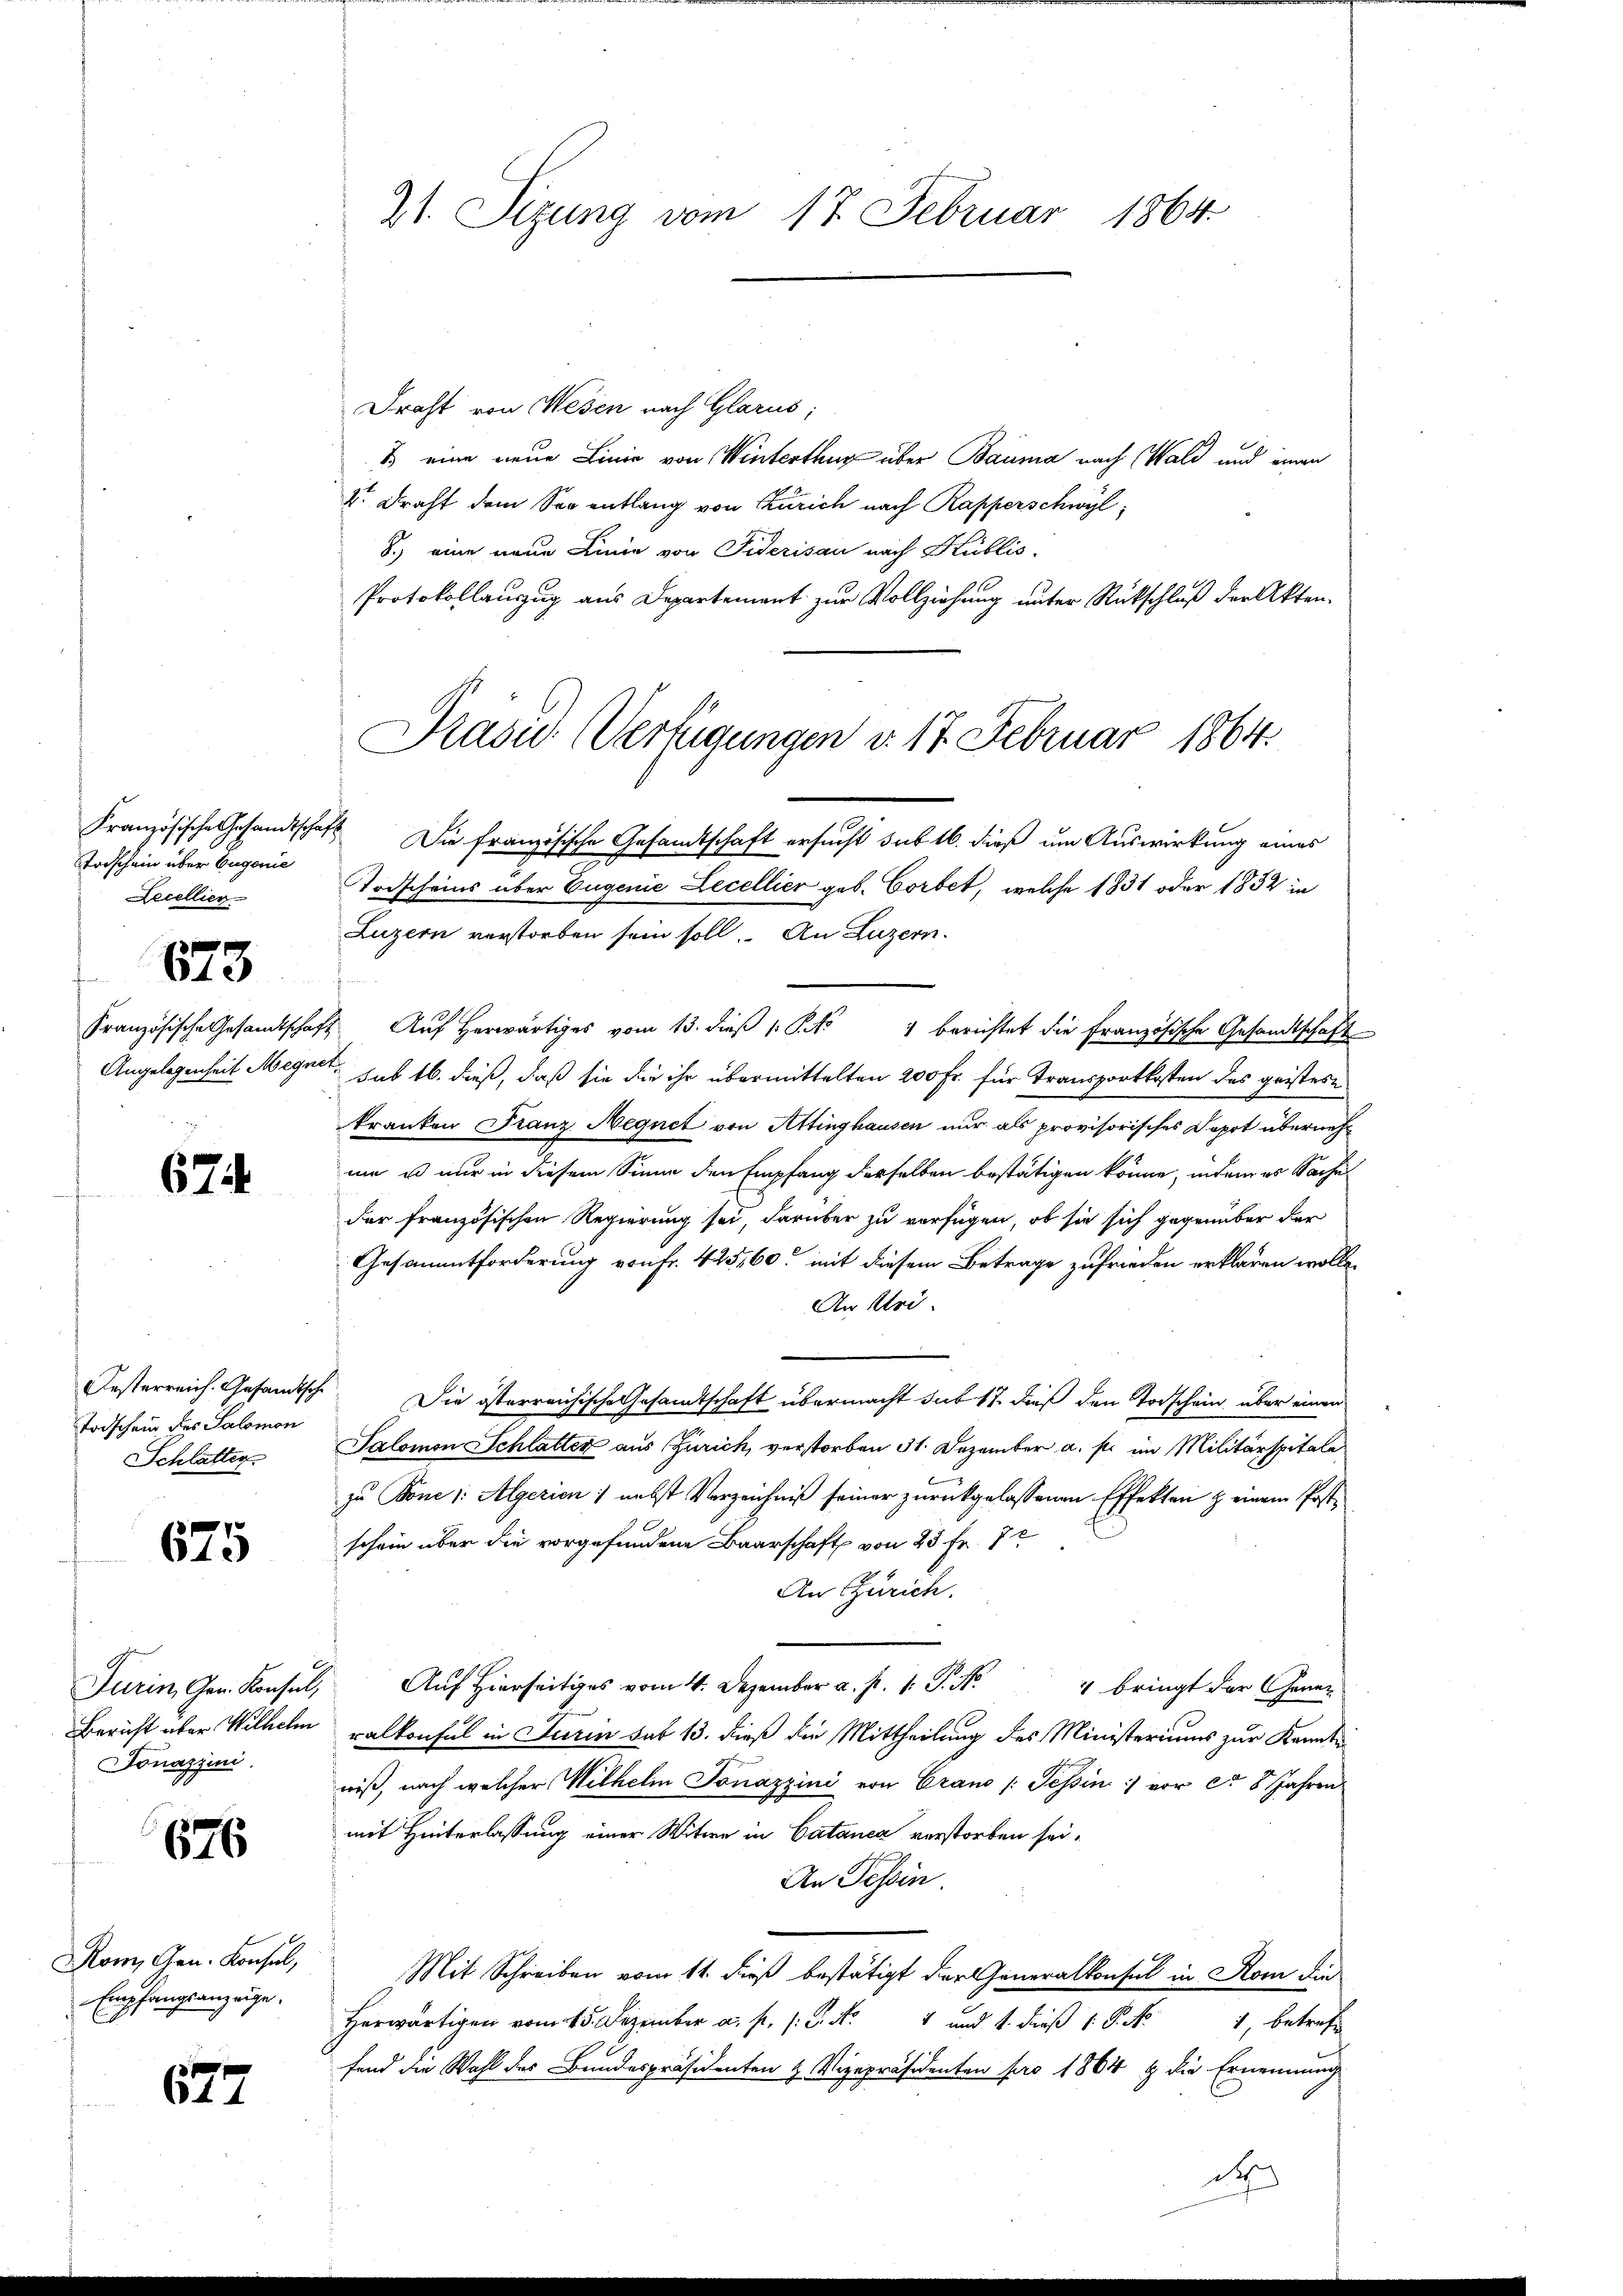
Todschein über Eugenie
Lecellier

673.

674

Todschein des Salomon
Schlatter

675

Donazioni.

676.

Rom, Gen. Konsul,
Empfangsanzeige.

677

21. Sizung vom 17. Februar 1864.

Draht von Wesen nach Glarus;
1) eine neue Linie von Winterthug über Bauma nach Wald und einen
 Draht dem Segentlang von Zürich nach Rapperschwyl,
8.) eine neue Linie von Fiderisau nach Hublio-
Protokollauszug aus Departement zur Vollziehung unter Rückschluß der Akten¬
Französische Gesandtschaft Die französische Gesandtschaft ersucht sub 16. dieß um Auswirkung eines
Todscheins über Eugenie Lecellier geb. Corbet, welche 1831 oder 1832 in
Luzern verstorben sein soll. An Luzern.
Französische Gesandtschaft Auf herwärtiges vom 13. dieβ 1 S. 4 berichtet die französische Gesandtschaft
Angelegenheit Megnet, sub 16. dieß, daß sie die ihr übermittelten 200 Fr. für Transportkosten des geistere
kranken Franz Negnet von Attinghausen nur als provisorisches Depot übernehmm es nur in diesem Sinne den Empfang derselben bestätigen könne, indem es Sache
der französischen Regierung sei, darüber zu verfügen, ob sie sich gegenüber der
Gesammtforderung von Fr. 425,60 mit diesem Betrage zufrieden erklären wolle.
An Uri.
Oesterreich. Gesandtsche Die österreichische Gesandtschaft übermacht sub 17. dieß den Todschein über einen
Salomon Schlatter aus Zürich, verstorben 31. Dezember a. s. im Militärspitale
zu Bone /: Algerien: nebst Verzeichniß seiner zurückgelassenen Effekten & einem Postschein über die vorgefundene Baarschaft von 23 Fr. 7t
An Zürich.
Turin, Gen. Konsul Aires vom 4. Dezember a. p. P. Nr. 4 bringt der Gener
Bericht über Wilhelm Balkonsul in Turin hat 13. dieß die Mittheilung des Ministeriums zur Kannte
wiß, nach welcher Wilhelm Tonazzini von Crano /: Tessin :/ vor ca 8 Jahren
mit Hinterlassung einer Witwe in Catanea verstorben sei.
An Tessin.
Mit Schreiben vom 11. dieß bestätigt der Generalkonsul in Rom die
Herwärtigen vom 15. Dezember a. p. 1. P. Nr. 4 und 4. dieβ (: P. Nr.
1, betreff
fand die Wahl des Bundespräsidenten & Vizepräsidenten pro 1864 & die Ernennung
de

Prasie Verfügungen v. 17. Februar 1864.